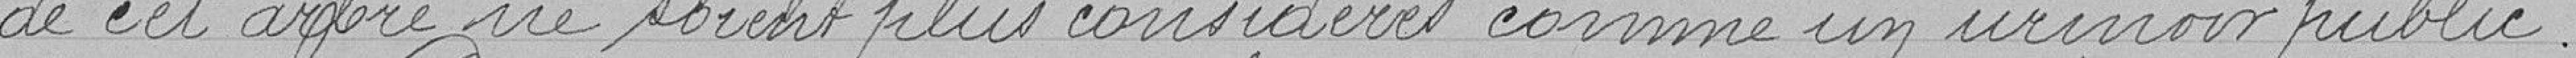
de cet arbre soient plus considérés comme un urinoir public .